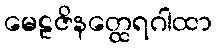
မေဠဇိနတ္ထေရဂါထာ